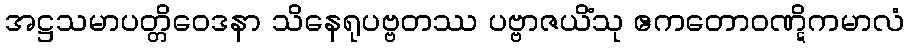
အဋ္ဌသမာပတ္တိဝေဒနာ သိနေရုပဗ္ဗတဿ ပဗ္ဗာဇယိံသု ဧကတောဝဏ္ဋိကမာလံ